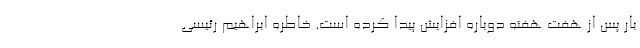
بار پس از هفت هفته دوباره افزایش پیدا کرده است. خاطره ابراهیم رئیسی